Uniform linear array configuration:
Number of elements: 8
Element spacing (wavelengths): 0.25
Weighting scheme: hamming
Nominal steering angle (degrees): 45
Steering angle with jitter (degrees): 45.227
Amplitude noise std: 0.05
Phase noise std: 0.05

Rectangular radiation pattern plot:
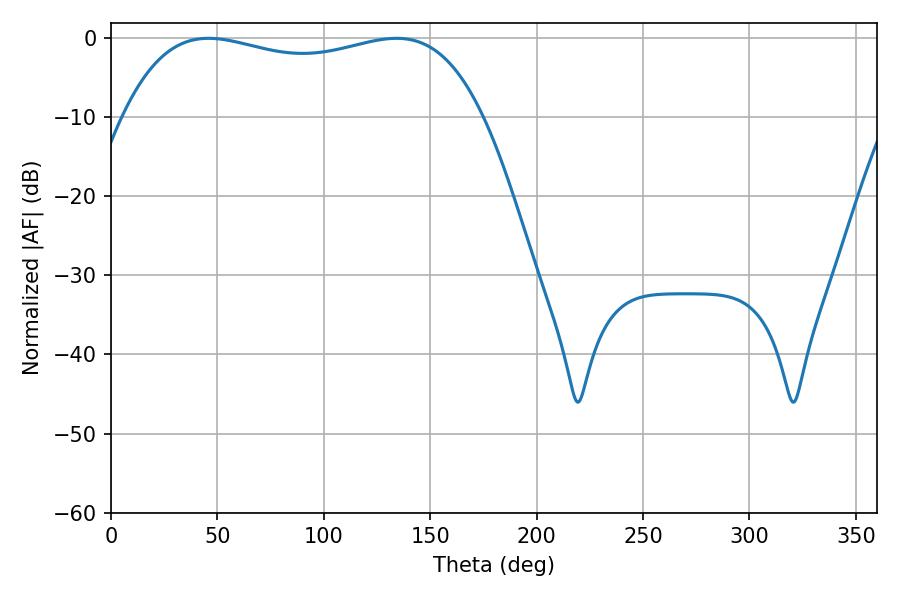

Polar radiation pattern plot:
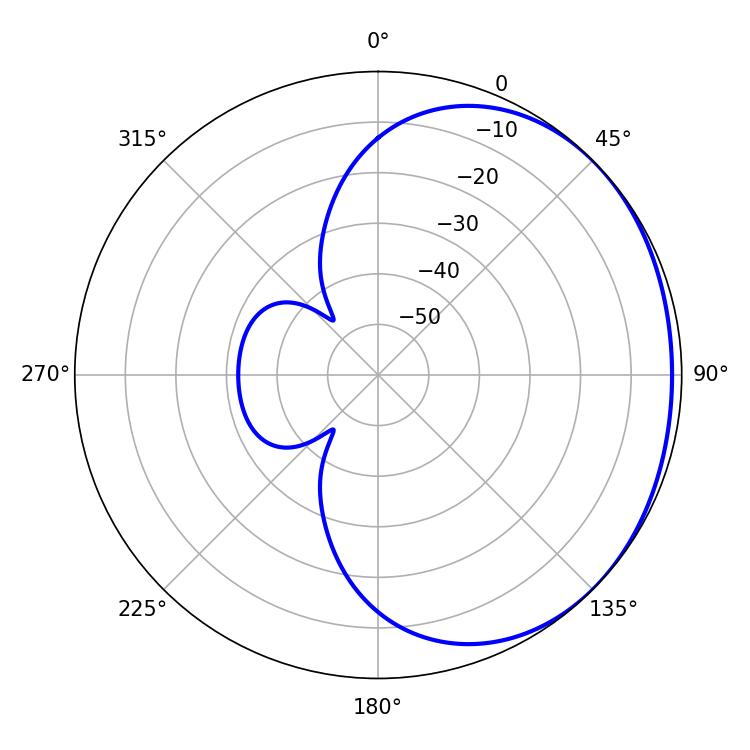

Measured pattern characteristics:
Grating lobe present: FALSE
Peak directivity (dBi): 1.127
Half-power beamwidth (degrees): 137.16
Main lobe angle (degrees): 45.9